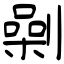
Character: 劋